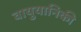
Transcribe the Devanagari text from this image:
वायुयानिकी